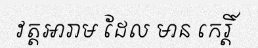
វត្តអារាម ដែល មាន កេរ្តិ៍